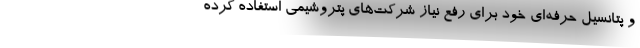
و پتانسیل حرفه‌ای خود برای رفع نیاز شرکت‌های پتروشیمی استفاده کرده